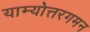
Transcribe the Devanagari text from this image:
याम्योत्तरगमन